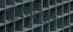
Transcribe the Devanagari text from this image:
आदर्शानुसार